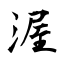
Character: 渥